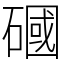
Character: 𥕏